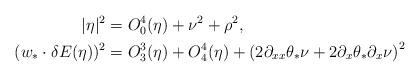
LaTeX: \begin{align*}|\eta|^2 & = O_0^4(\eta) + \nu^2 + \rho^2, \\(w_* \cdot \delta E(\eta))^2 & = O^3_3(\eta) + O_4^4(\eta) + \left( 2 \partial_{xx} \theta_* \nu + 2 \partial_x \theta_* \partial_x \nu \right)^2\end{align*}